Vaccination in Burma 1920-1933 - 1920-1933
Year: 1920
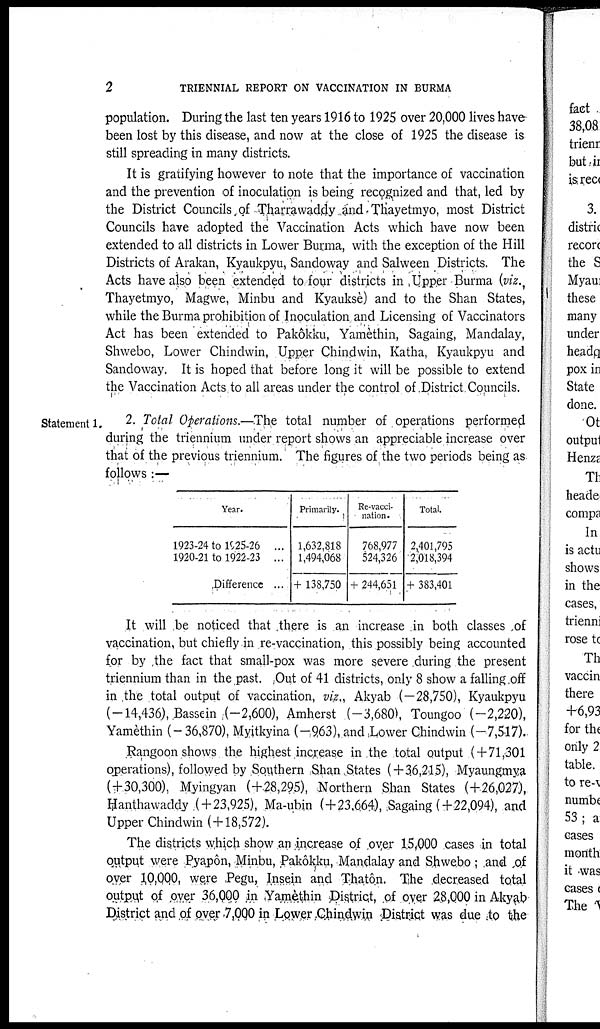
2
TRIENNIAL REPORT ON VACCINATION IN BURMA
population. During the last ten years 1916 to 1925 over 20,000 lives have
been lost by this disease, and now at the close of 1925 the disease is
still spreading in many districts.
It is gratifying however to note that the importance of vaccination
and the prevention of inoculation is being recognized and that, led by
the District Councils of Tharrawaddy and Thayetmyo, most District
Councils have adopted the Vaccination Acts which have now been
extended to all districts in Lower Burma, with the exception of the Hill
Districts of Arakan, Kyaukpyu, Sandoway and Salween Districts. The
Acts have also been extended to four districts in Upper Burma (viz.,
Thayetmyo, Magwe, Minbu and Kyauksè) and to the Shan States,
while the Burma prohibition of Inoculation and Licensing of Vaccinators
Act has been extended to Pakôkku, Yamèthin, Sagaing, Mandalay,
Shwebo, Lower Chindwin, Upper Chindwin, Katha, Kyaukpyu and
Sandoway. It is hoped that before long it will be possible to extend
the Vaccination Acts to all areas under the control of District Councils.
Statement 1. 2. Total Operations.—The total number of operations performed
during the triennium under report shows an appreciable increase over
that of the previous triennium. The figures of the two periods being as
follows :—
Year.
1923-24 to 1925-26 ...
1920-21 to 1922-23 ...
Difference ...
Primarily.
1,632,818
1,494,068
+ 138,750
Re-vacci-
nation.
768,977
524,326
+ 244,651
Total.
2,401,795
2,018,394
+ 383,401
It will be noticed that there is an increase in both classes of
vaccination, but chiefly in re-vaccination, this possibly being accounted
for by the fact that small-pox was more severe during the present
triennium than in the past. Out of 41 districts, only 8 show a falling off
in the total output of vaccination, viz., Akyab (—28,750), Kyaukpyu
(-14,436), Bassein (-2,600), Amherst (-3,680), Toungoo (-2,220),
Yamèthin (-36,870), Myitkyina (-963), and Lower Chindwin (-7,517).
Rangoon shows the highest increase in the total output ( + 71,301
operations), followed by Southern Shan States (+36,215), Myaungmya
(+30,300), Myingyan ( + 28,295), Northern Shan States (+26,027),
Hanthawaddy ( + 23,925), Ma-ubin ( + 23,664), Sagaing (+22,094), and
Upper Chindwin ( + 18,572).
The districts which show an increase of over 15,000 cases in total
output were Pyapôn, Minbu, Pakôkku, Mandalay and Shwebo ; and of
over 10,000 were Pegu, Insein and Thatôn. The decreased total
output of over 36,000 in Yamèthin District, of over 28,000 in Akyab
District and of over 7,000 in Lower Chindwin District was due to the